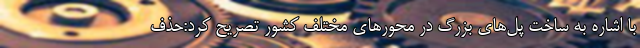
با اشاره به ساخت پل‌های بزرگ در محور‌های مختلف کشور تصریح کرد:حذف